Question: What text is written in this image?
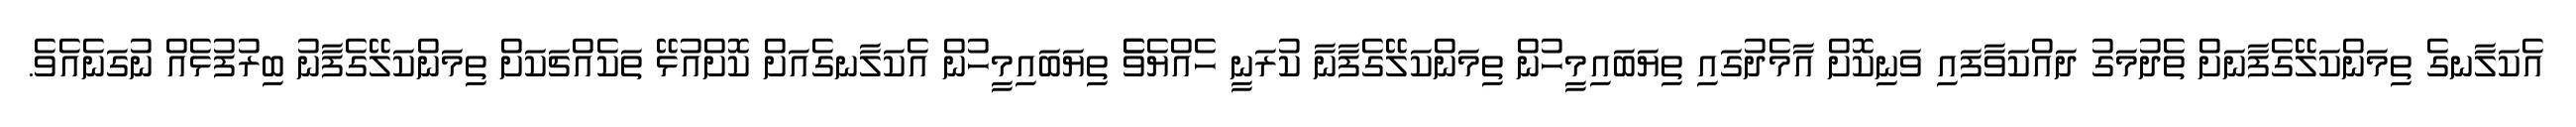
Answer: އެކަލާނގެ ތިމަންކަލޭގެފާނަށް ތެދުމަގު ދައްކަވާފައި ވަނިކޮށް އާމެދުގައި ތިޔަބައިމީހުން ތިމަންކަލޭގެފާނާ ކުރަނީ ހެއްޔެވެެ ތިޔަބައިމީހުން އެކަލާނގެއަށް ކޮށްއުޅޭ ތަކެއްޗަކަށް ތިމަންކަލޭގެފާނު ބިރުފުޅެއް ނުގަނެއެވެ.